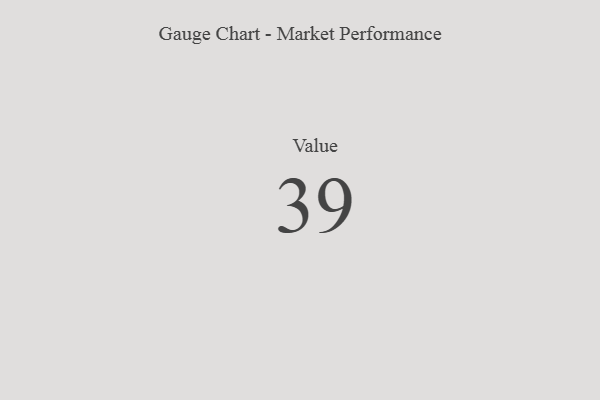
{"axis": {"x": "Metric", "y": "Value"}, "legend": [""], "data": [{"x": "Value", "y": 39, "type": ""}]}